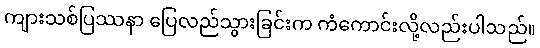
ကျားသစ်ပြဿနာ ပြေလည်သွားခြင်းက ကံကောင်းလို့လည်းပါသည်။